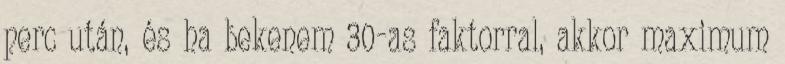
perc után, és ha bekenem 30-as faktorral, akkor maximum